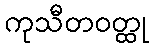
ကုသီတဝတ္ထု